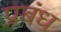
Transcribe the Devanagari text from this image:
प्रबंध